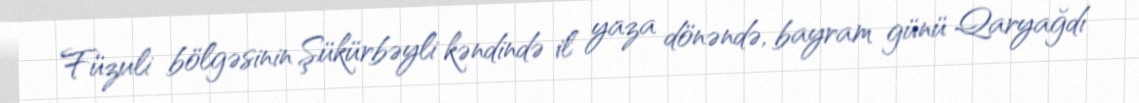
Füzuli bölgəsinin Şükürbəyli kəndində il yaza dönəndə, bayram günü Qaryağdı